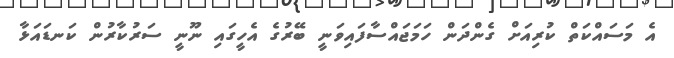
އެ މަސައްކަތް ކުރިއަށް ގެންދަން ހަމަޖައްސާފައިވަނީ ބޭރުގެ އެހީގައި ނޫނީ ސަރުކާރުން ކަނޑައަޅާ